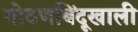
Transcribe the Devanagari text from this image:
गोठणबिंदूखाली